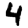
Digit: 4